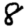
Digit: 8